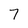
Character: 7